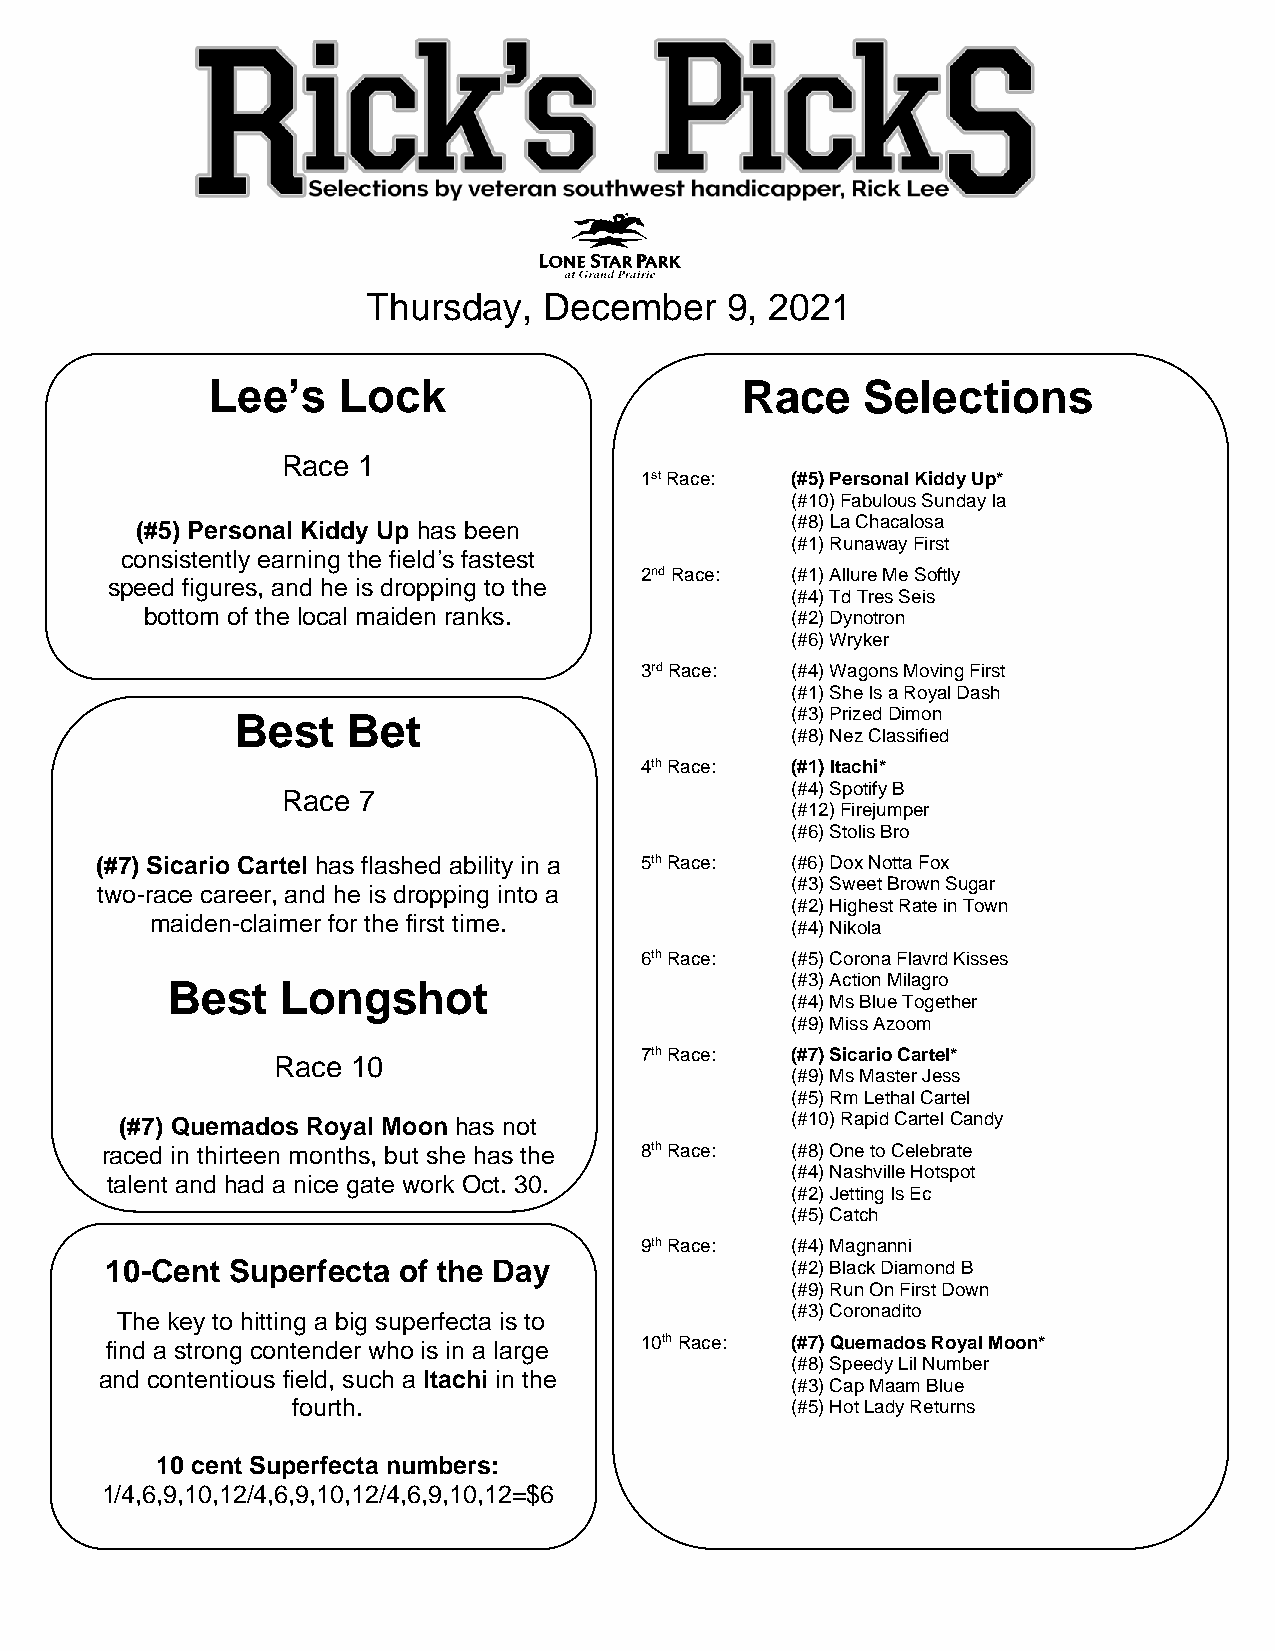
Thursday,   December    9, 2021
 Lee’s   Lock                       Race    Selections
 Race 1
 1st Race: (#5) Personal Kiddy Up*
 (#10) Fabulous Sunday Ia
 (#5) Personal Kiddy Up has been            (#8) La Chacalosa
 (#1) Runaway First
 consistently earning the field’s fastest
 2nd Race: (#1) Allure Me Softly
 speed figures, and he is dropping to the
 (#4) Td Tres Seis
 bottom of the local maiden ranks.         (#2) Dynotron
 (#6) Wryker
 3rd Race: (#4) Wagons Moving First
 (#1) She Is a Royal Dash
 Best   Bet                          (#3) Prized Dimon
 (#8) Nez Classified
 4th Race: (#1) Itachi*
 (#4) Spotify B
 Race 7
 (#12) Firejumper
 (#6) Stolis Bro
 (#7) Sicario Cartel has flashed ability in a 5th Race: (#6) Dox Notta Fox
 (#3) Sweet Brown Sugar
 two-race career, and he is dropping into a
 (#2) Highest Rate in Town
 maiden-claimer for the first time.
 (#4) Nikola
 6th Race: (#5) Corona Flavrd Kisses
 Best    Longshot                         (#3) Action Milagro
 (#4) Ms Blue Together
 (#9) Miss Azoom
 7th Race: (#7) Sicario Cartel*
 Race 10
 (#9) Ms Master Jess
 (#5) Rm Lethal Cartel
 (#7) Quemados Royal Moon has not            (#10) Rapid Cartel Candy
 raced in thirteen months, but she has the 8th Race: (#8) One to Celebrate
 (#4) Nashville Hotspot
 talent and had a nice gate work Oct. 30.
 (#2) Jetting Is Ec
 (#5) Catch
 9th Race: (#4) Magnanni
 10-Cent Superfecta of the Day                (#2) Black Diamond B
 (#9) Run On First Down
 (#3) Coronadito
 The key to hitting a big superfecta is to
 find a strong contender who is in a large 10th Race: (#7) Quemados Royal Moon*
 (#8) Speedy Lil Number
 and contentious field, such a Itachi in the
 (#3) Cap Maam Blue
 fourth.                          (#5) Hot Lady Returns
 10 cent Superfecta numbers:
 1/4,6,9,10,12/4,6,9,10,12/4,6,9,10,12=$6